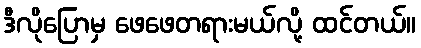
ဒီလိုပြောမှ ဖေဖေတရားမယ်လို့ ထင်တယ်။